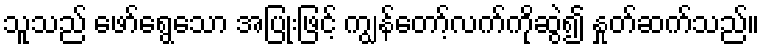
သူသည် ဖော်ရွေသော အပြုံးဖြင့် ကျွန်တော့်လက်ကိုဆွဲ၍ နှုတ်ဆက်သည်။